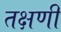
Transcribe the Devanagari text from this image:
तक्षणी